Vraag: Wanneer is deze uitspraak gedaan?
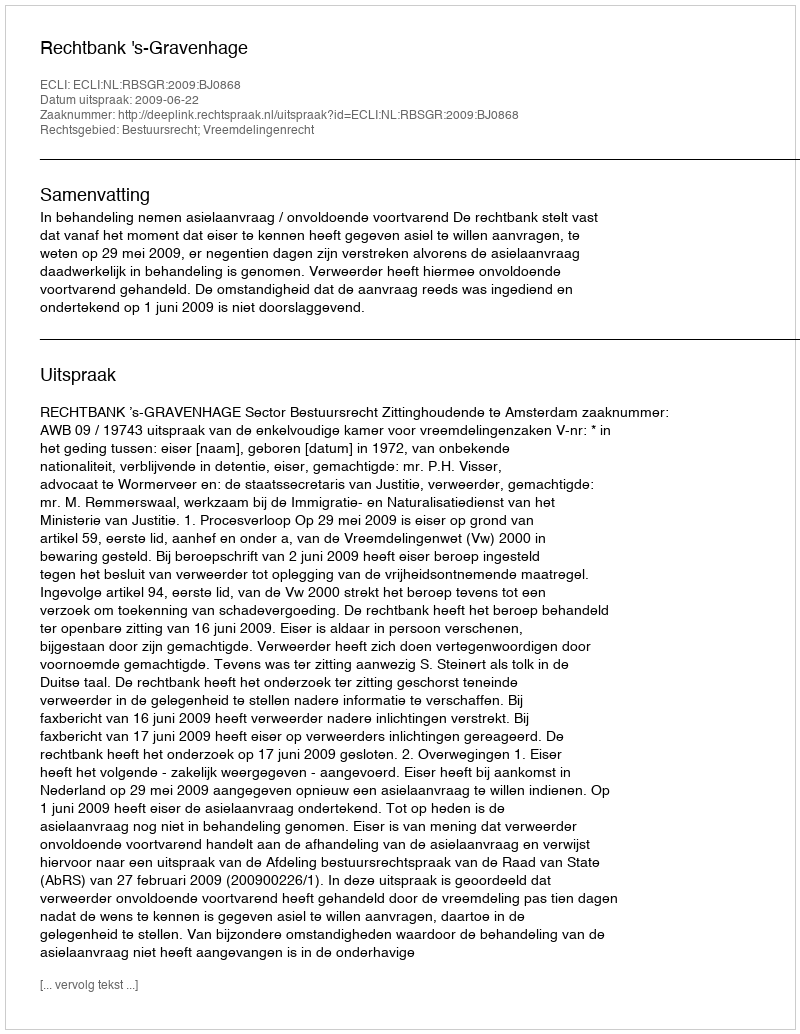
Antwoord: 2009-06-22